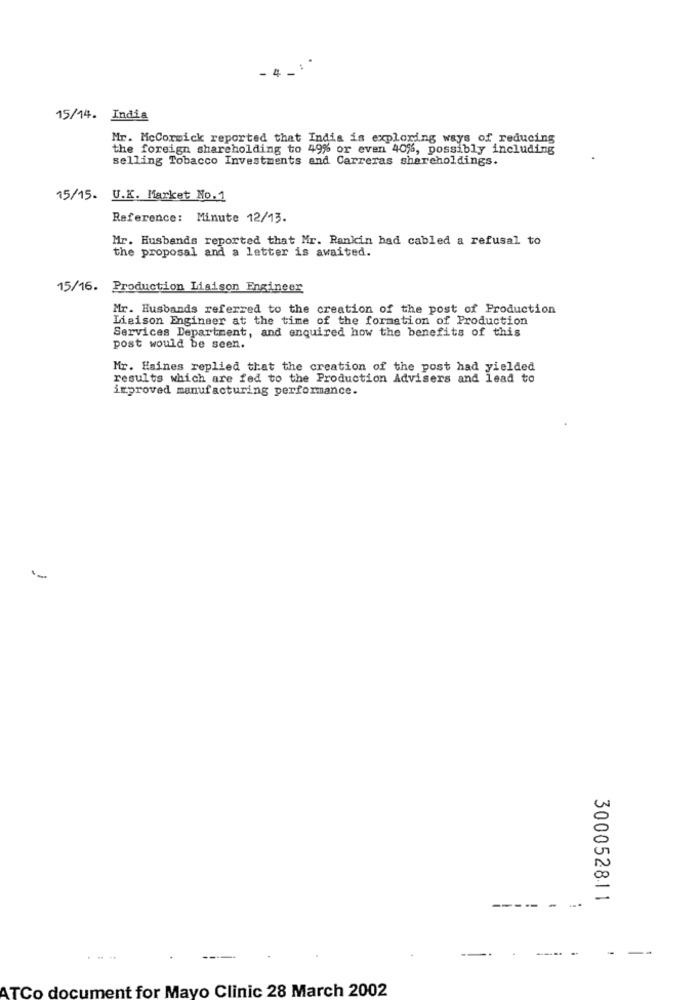
4
15/14. India
Mr. McCormick reported that India is exploring ways of reducing
the foreign shareholding to 49% or even 40%, possibly including
selling Tobacco Investments and Carreras shareholdings.
15/15. U.K. Market No.1
Reference: Minute 12/13.
Mr. Husbands reported that Mr. Rankin had cabled a refusal to
the proposal and a letter is awaited.
15/16. Production Liaison Engineer
Mr. Husbands referred to the creation of the post of Production
Liaison Engineer at the time of the formation of Production
Services Department, and enquired how the benefits of this
post would be seen.
Mr. Haines replied that the creation of the post had yielded
results which are fed to the Production Advisers and lead to
improved manufacturing performance.
----
300052811
ATCo document for Mayo Clinic 28 March 2002